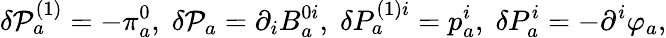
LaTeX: \delta\mathcal{P}_{a}^{(1)}=-\pi_{a}^{0},\; \delta\mathcal{P}_{a}=\partial_{i}B_{a}^{0i},\; \delta P_{a}^{(1)i}=p_{a}^{i},\; \delta P_{a}^{i}=-\partial^{i}\varphi_{a},